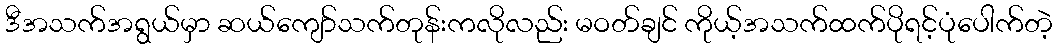
ဒီအသက်အရွယ်မှာ ဆယ်ကျော်သက်တုန်းကလိုလည်း မဝတ်ချင် ကိုယ့်အသက်ထက်ပိုရင့်ပုံပေါက်တဲ့